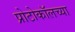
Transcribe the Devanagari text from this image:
प्रोटोकॉलच्या